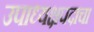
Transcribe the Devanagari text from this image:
उपाध्यक्षपदाचा